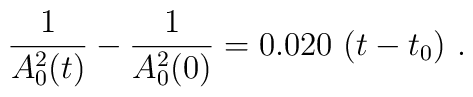
\frac{1}{A_0^2(t)} - \frac{1}{A_0^2(0)} = 0.020\ (t - t_0) \ .